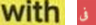
with فى